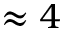
\approx 4